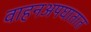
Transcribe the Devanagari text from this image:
वाहनअपघातात